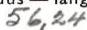
56,24